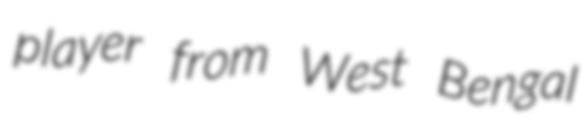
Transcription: player from West Bengal